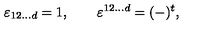
\varepsilon _ { 1 2 \ldots d } = 1 , \qquad \varepsilon ^ { 1 2 \ldots d } = ( - ) ^ { t } ,